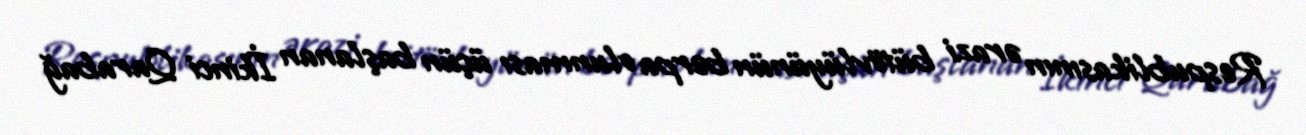
Respublikasının ərazi bütövlüyünün bərpa olunması üçün başlanan İkinci Qarabağ